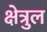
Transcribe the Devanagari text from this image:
क्षेत्रुल